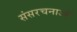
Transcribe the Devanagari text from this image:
संसरचनाओं